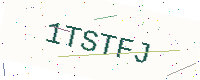
Text: 1TSTFJ